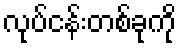
လုပ်ငန်းတစ်ခုကို